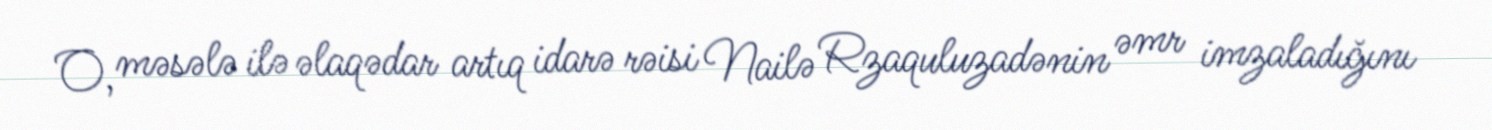
O, məsələ ilə əlaqədar artıq idarə rəisi Nailə Rzaquluzadənin əmr imzaladığını